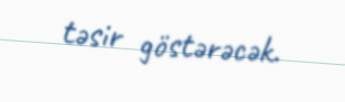
təsir göstərəcək.